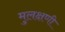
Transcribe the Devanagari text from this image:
मुलक्षणी